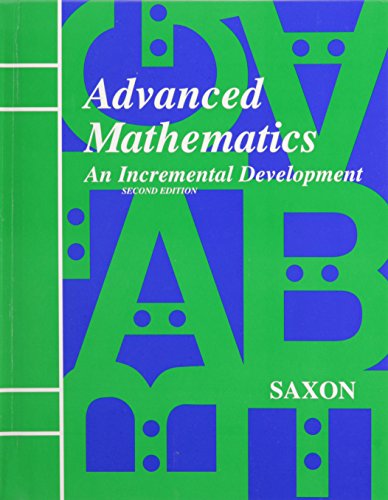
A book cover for Advanced Mathematics: An Incremental Development, 2nd Edition; Jr. John H. Saxon; Science & Math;